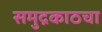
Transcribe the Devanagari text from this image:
समुद्रकाठचा